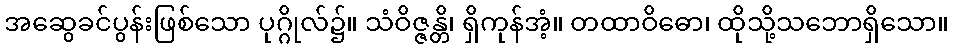
အဆွေခင်ပွန်းဖြစ်သော ပုဂ္ဂိုလ်၌။ သံဝိဇ္ဇန္တိ၊ ရှိကုန်အံ့။ တထာဝိဓော၊ ထိုသို့သဘောရှိသော။